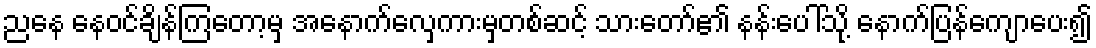
ညနေ နေဝင်ချိန်ကြတော့မှ အနောက်လှေကားမှတစ်ဆင့် သားတော်၏ နန်းပေါ်သို့ နောက်ပြန်ကျောပေး၍